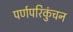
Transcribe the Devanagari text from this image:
पर्णपरिकुंचन